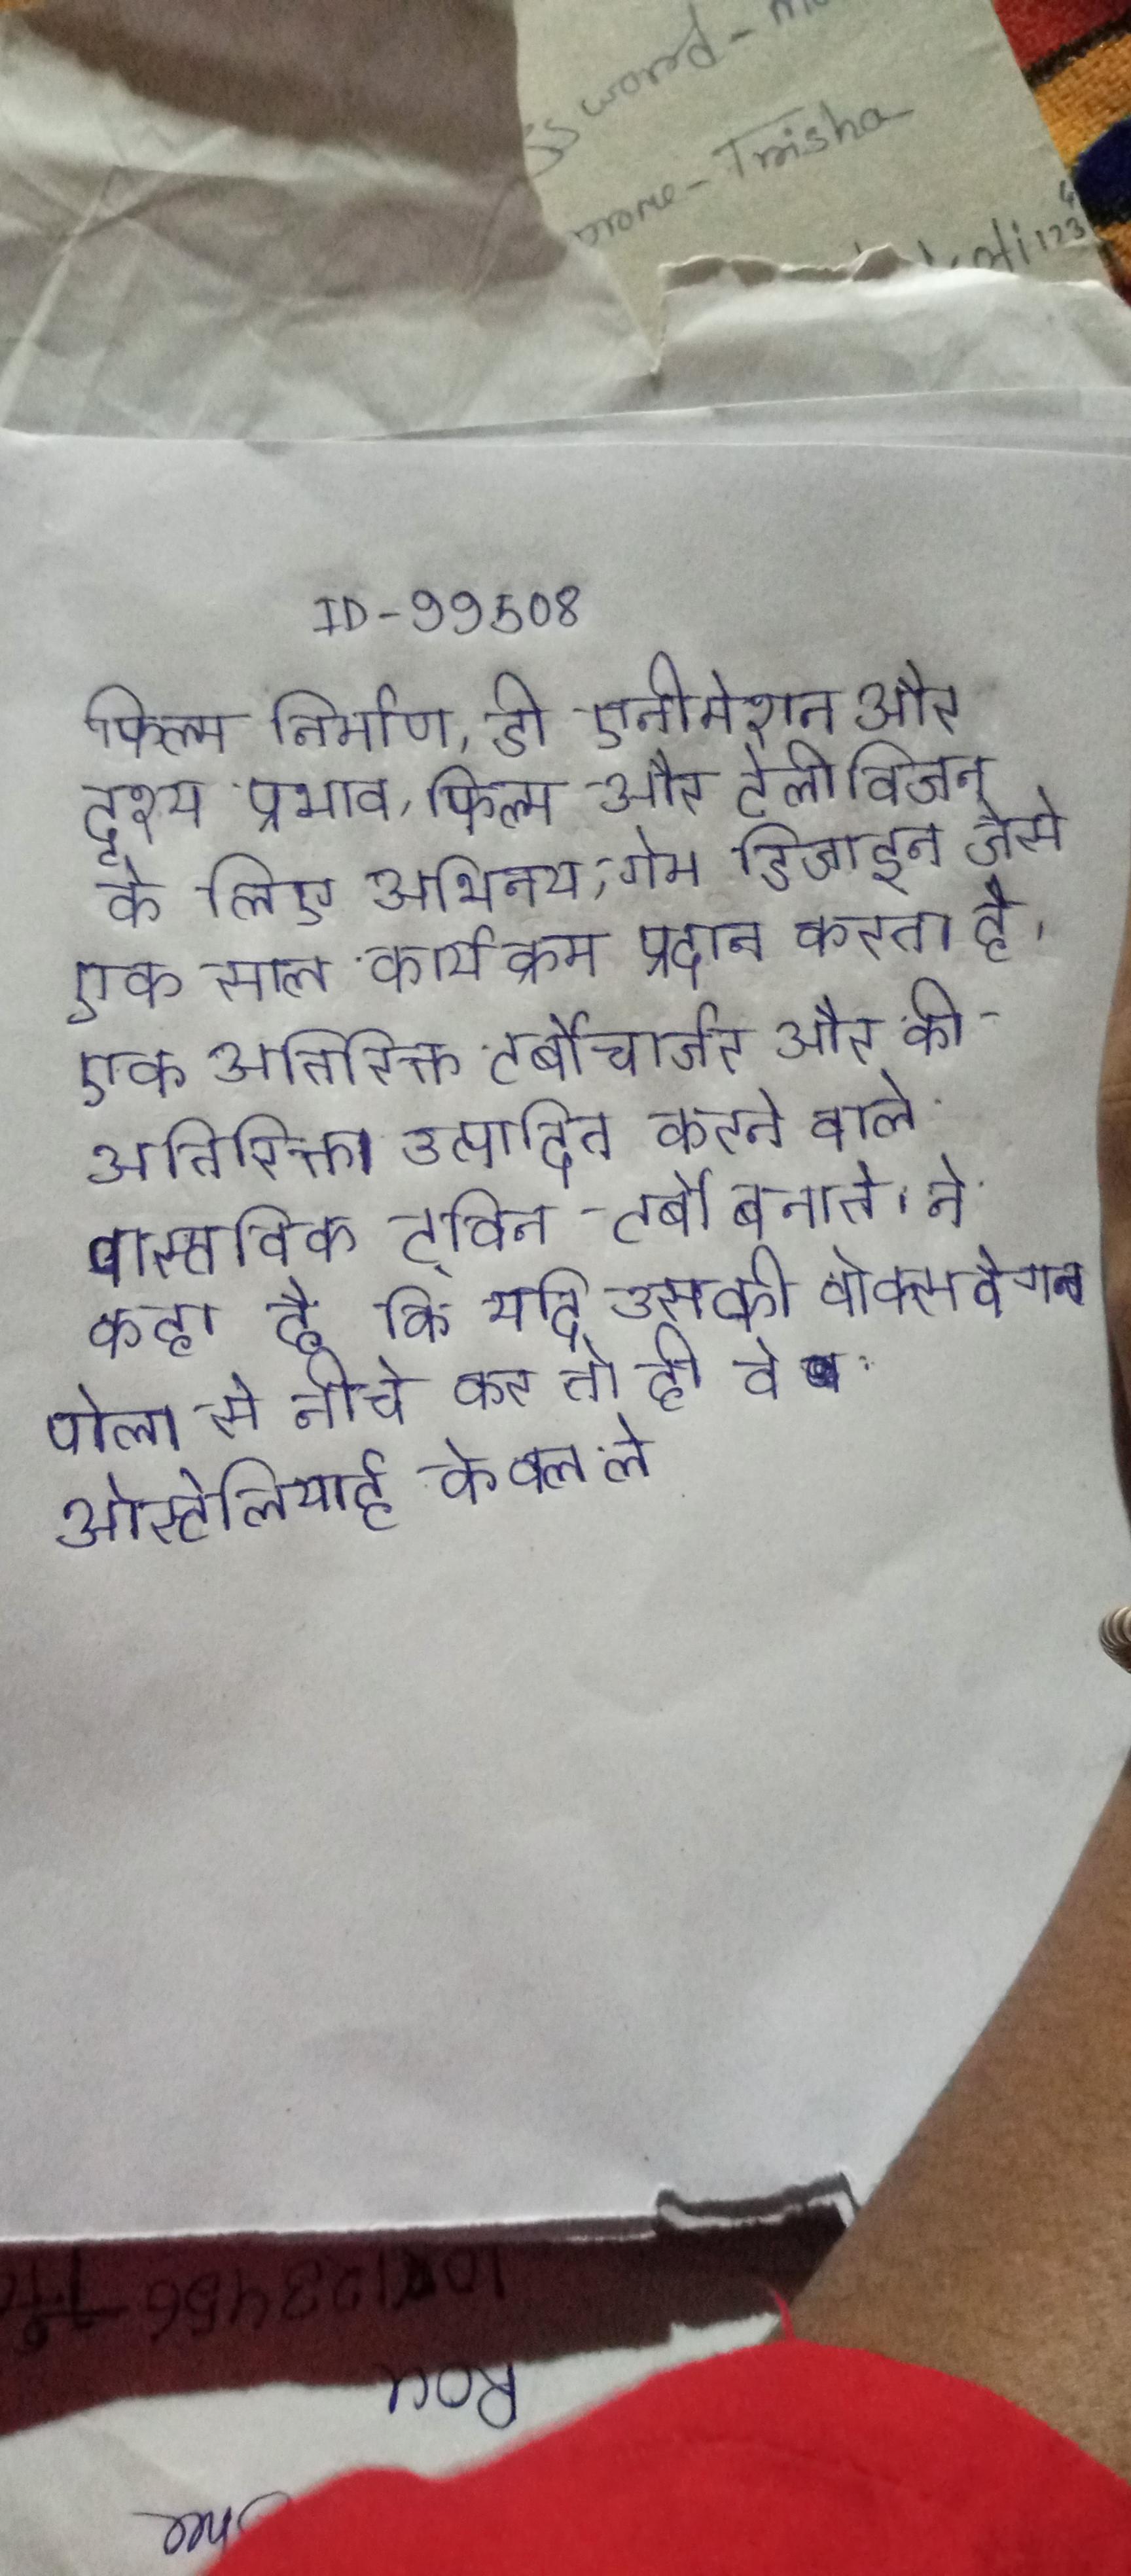
फिल्म निर्माण, डी एनीमेशन और दृश्य प्रभाव, फिल्म और टेलीविजन के लिए अभिनय, गेम डिजाइन जैसे एक साल कार्यक्रम प्रदान करता है । एक अतिरिक्त टर्बोचार्जर और की अतिरिक्त शामिल थी, जो को उत्पादित करने वाले वास्तविक ट्विन-टर्बो बनाते । ने कहा है कि यदि उसकी वोक्सवैगन पोलो से नीचे कर तो ही वे ऑस्ट्रेलियाई केवल ले .